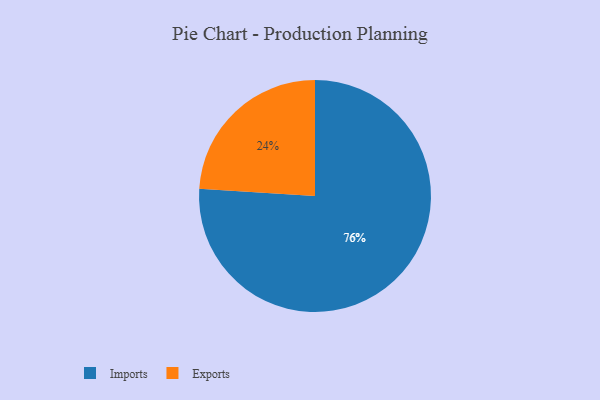
{"axis": {"x": "Category", "y": "Percentage"}, "legend": ["Exports", "Imports"], "data": [{"x": "Exports", "y": 24, "type": "Exports"}, {"x": "Imports", "y": 76, "type": "Imports"}]}